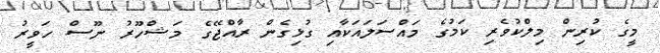
މީގެ ކުރިން މިލްކުވެރި ކަމުގެ މައްސަލައަކާއި ގުޅިގެން ރާއްޖޭގެ މަޝްހޫރު ނޫސް ހަވީރު